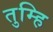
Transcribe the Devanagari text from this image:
तुम्हि